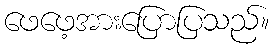
ဖေဖေ့အားပြောပြသည်။